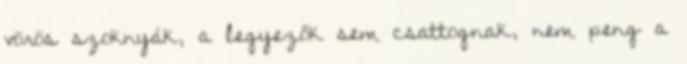
vörös szoknyák, a legyezők sem csattognak, nem peng a